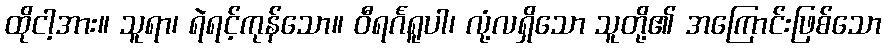
ထိုငါ့အား။ သူရာ၊ ရဲရင့်ကုန်သော။ ဝီရင်္ဂရူပါ၊ လုံ့လရှိသော သူတို့၏ အကြောင်းဖြစ်သော